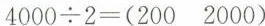
$$4 0 0 0 \div 2 = ( 2 0 0 2 0 0 0 )$$